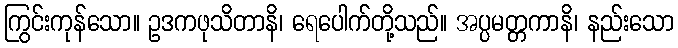
ကြွင်းကုန်သော။ ဥဒကဖုသိတာနိ၊ ရေပေါက်တို့သည်။ အပ္ပမတ္တကာနိ၊ နည်းသော